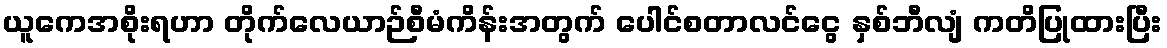
ယူကေအစိုးရဟာ တိုက်လေယာဉ်စီမံကိန်းအတွက် ပေါင်စတာလင်ငွေ နှစ်ဘီလျံ ကတိပြုထားပြီး